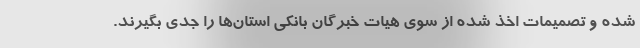
شده و تصمیمات اخذ شده از سوی هیات خبرگان بانکی استان‌ها را جدی بگیرند.